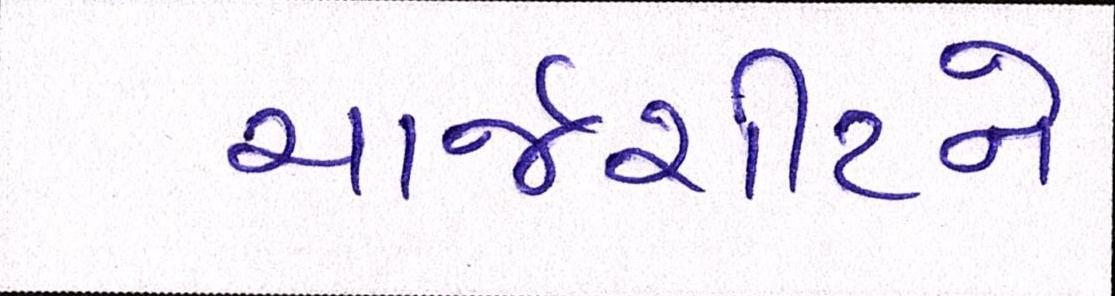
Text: ચાર્જશીટને